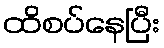
ထိစပ်နေပြီး